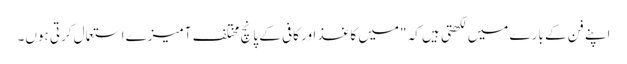
اپنے فن کے بارے میں لکھتی ہیں کہ "میں کاغذ اور کافی کے پانچ مختلف آمیزے استعمال کرتی ہوں۔